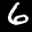
Label: 6